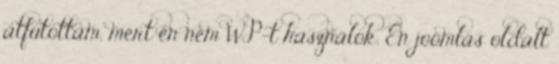
átfutottam, mert én nem WP-t használok. Én joomlás oldalt